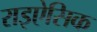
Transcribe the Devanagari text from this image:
राइऐसिक